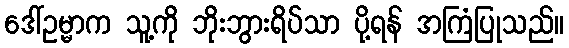
ဒေါ်ဥမ္မာက သူ့ကို ဘိုးဘွားရိပ်သာ ပို့ရန် အကြံပြုသည်။